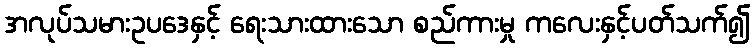
အလုပ်သမားဥပဒေနှင့် ရေးသားထားသော စည်ကားမှု ကလေးနှင့်ပတ်သက်၍